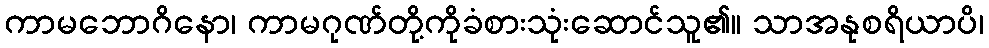
ကာမဘောဂိနော၊ ကာမဂုဏ်တို့ကိုခံစားသုံးဆောင်သူ၏။ သာအနုစရိယာပိ၊